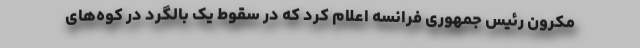
مکرون رئیس جمهوری فرانسه اعلام کرد که در سقوط یک بالگرد در کوه‌های